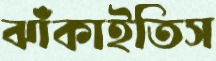
ঝাঁকাইতিস